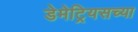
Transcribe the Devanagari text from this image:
डेमेट्रियसच्या